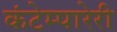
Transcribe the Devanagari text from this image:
कंटेम्पारेरी